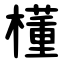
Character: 㯵